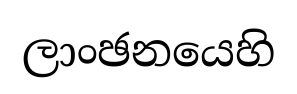
ලාංඡනයෙහි